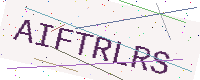
Text: AIFTRLRS